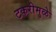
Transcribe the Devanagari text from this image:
टकरीमुळे